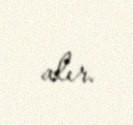
alır.